Leaving Certificate Examination, 1911
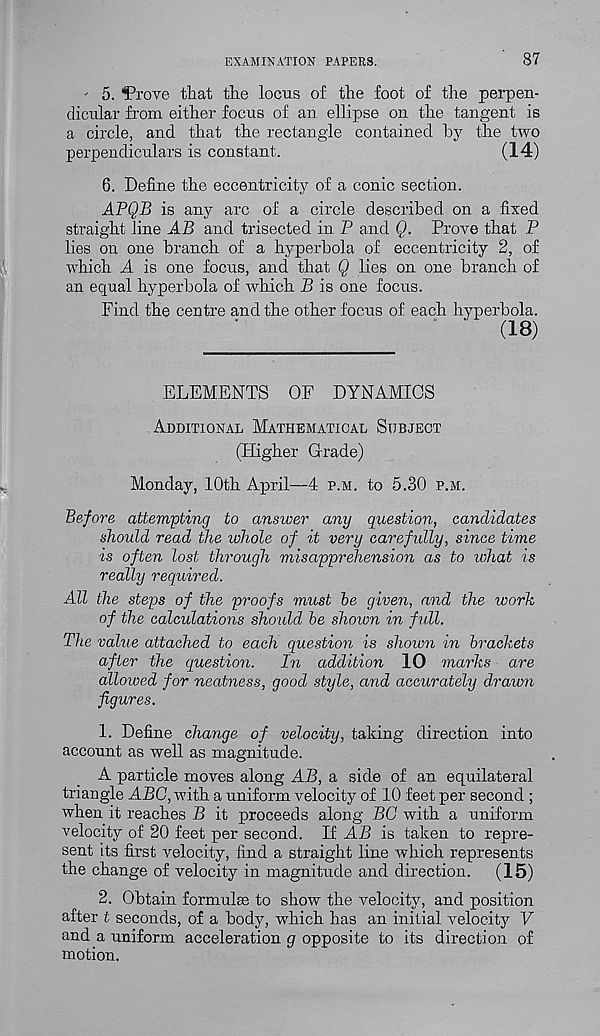
EXAMINATION PAPERS.
87
' 5. *Prove that the locus of the foot of the perpen-
dicular from either focus of an ellipse on the tangent is
a circle, and that the rectangle contained by the two
perpendiculars is constant.
(14)
6. Define the eccentricity of a conic section.
APQB is any arc of a circle described on a fixed
straight line AB and trisected in P and Q. Prove that P
lies on one branch of a hyperbola of eccentricity 2, of
which A is one focus, and that Q lies on one branch of
an equal hyperbola of which B is one focus.
Find the centre and the other focus of each hyperbola.
'
(18)
ELEMENTS OF DYNAMICS
Additional Mathematical Subject
(Higher Grade)
Monday, 10th April—4 p.m. to 5.30 p.m.
Before attempting to ansiver any question, candidates
should read the whole of it very carefully, since time
is often lost through misapprehension as to what is
really required.
All the steps of the proofs must he given, and the work
of the calculations should he shown in full.
The value attached to each question is shown in brackets
after the question.
In addition 10 marks are
alloived for neatness, good style, and accurately drawn
figures.
1. Define change of velocity, taking direction into
account as well as magnitude.
A particle moves along AB, a side of an equilateral
triangle ABC, with a uniform velocity of 10 feet per second ;
when it reaches B it proceeds along BC with a uniform
velocity of 20 feet per second. If AB is taken to repre-
sent its first velocity, find a straight line which represents
the change of velocity in magnitude and direction.
(15)
2. Obtain formuhe to show the velocity, and position
after t seconds, of a body, which has an initial velocity V
and a uniform acceleration g opposite to its direction of
motion.